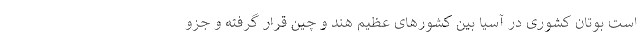
است بوتان کشوری در آسیا بین کشورهای عظیم هند و چین قرار گرفته و جزو